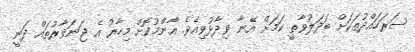
ސަރަހައްދުތަކަށް ބަދަލުވާތީ ކަމަށް އޭނާ ވިދާޅުވިއެވެ. އާންމުކޮށް މިހާރު އެ ޖަނަވާރުތައް ދަނީ